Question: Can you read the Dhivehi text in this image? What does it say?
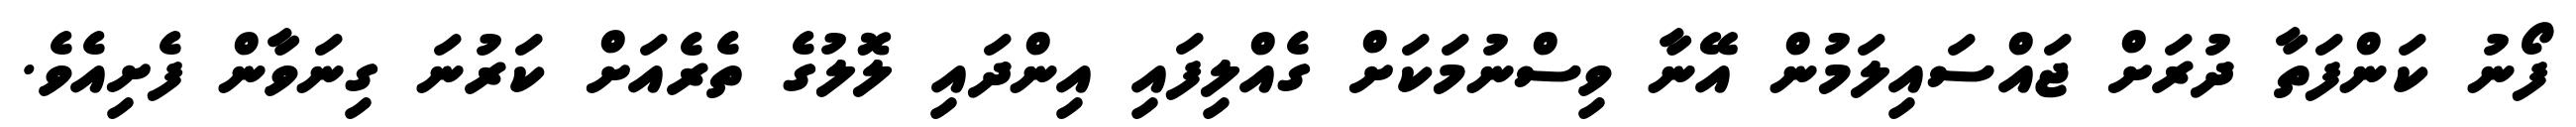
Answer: ފޯނު ކަންފަތާ ދުރަށް ޖައްސައިލަމުން އޭނާ ވިސްނުމަކަށް ގެއްލިފައި އިންދައި ލޮލުގެ ތެރެއަށް ކަރުނަ ގިނަވާން ފެށިއެވެ.